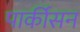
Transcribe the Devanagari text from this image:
पार्कीसन